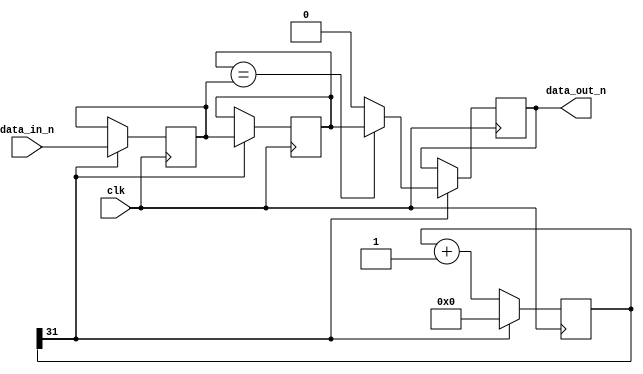
// Legal Notice: (C)2017 RocketBoards.org. All rights reserved.

module bit_syncin_debouncer
#(
	parameter WIDTH	= 32	// set to be the width of debounce counter
)
(
	input	wire 		clk,
	input	wire		data_in_n,
	output	wire		data_out_n
);

	reg			data_r1, data_r2, data_n ;
	reg [WIDTH-1:0]		data_db_cnt;	// debounce counter

	always @ (posedge clk)
	begin	// this should create a long pulse clock
		if (data_db_cnt[WIDTH-1])
		begin
			data_db_cnt <= #1 'd0;
		end
		else
		begin
			data_db_cnt <= #1 data_db_cnt + 'd1;
		end

		// debounce and double register
		if (data_db_cnt[WIDTH-1])
		begin  // use data_db_cnt[WIDTH-1] as an enable
			data_r1 <= #1 data_in_n;
			data_r2 <= #1 data_r1;

			if (data_r2 == data_r1)
			begin
				data_n <= #1 data_r2;
			end
			else
			begin
				data_n <= #1 1'b0; // keep in reset
			end
		end
	end

	assign data_out_n = data_n;

endmodule